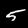
Label: 5